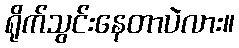
ရိုက်သွင်းနေတာပဲလား။